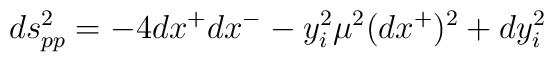
ds^2_{pp}=-4dx^+dx^--y_i^2\mu^2(dx^+)^2+dy_i^2